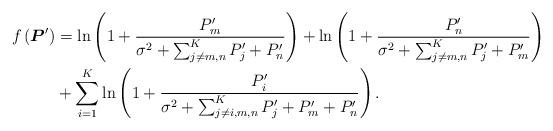
LaTeX: \begin{align*}f\left(\boldsymbol{P}^\prime\right)&=\ln\left(1+\frac{P_m^\prime}{\sigma^2+\sum_{j\neq m, n}^KP_j^\prime+P_n^\prime}\right)+\ln\left(1+\frac{P_n^\prime}{\sigma^2+\sum_{j\neq m, n}^KP_j^\prime+P_m^\prime}\right)\\&+\sum_{i=1}^K\ln\left(1+\frac{ P_i^\prime}{\sigma^2+\sum_{j\neq i, m, n}^K P_j^\prime+P_m^\prime+P_n^\prime}\right).\end{align*}